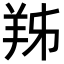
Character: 𦍜